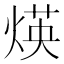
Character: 煐